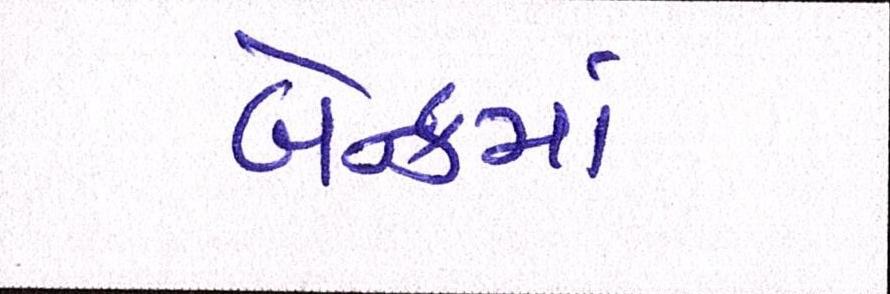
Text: બેન્કમાં